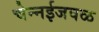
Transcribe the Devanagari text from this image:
चेन्‍नईजवळ